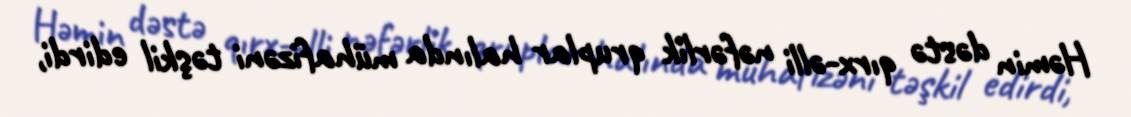
Həmin dəstə qırx-əlli nəfərlik qruplar halında mühafizəni təşkil edirdi,